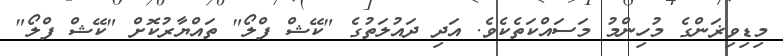
މިޑިވިޜަންގެ މުހިންމު މަސައްކަތެކެވެ. އަދި ދައުލަތުގެ "ކޭޝް ފްލޯ" ތައްޔާރުކޮށް "ކޭޝް ފްލޯ"